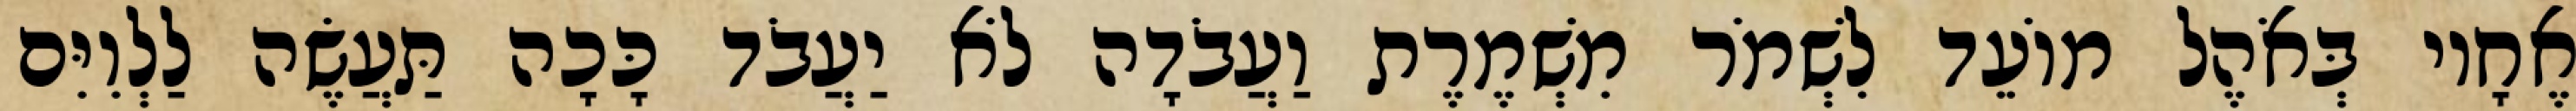
אֶחָיו בְּאֹהֶל מוֹעֵד לִשְׁמֹר מִשְׁמֶרֶת וַעֲבֹדָה לֹא יַעֲבֹד כָּכָה תַּעֲשֶׂה לַלְוִיִּם